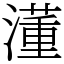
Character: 𣿅